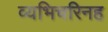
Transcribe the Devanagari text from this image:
व्यभिचरिनह